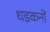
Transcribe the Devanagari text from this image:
धडकनों